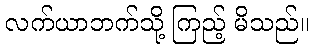
လက်ယာဘက်သို့ ကြည့် မိသည်။